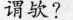
谓欤?